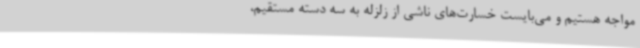
مواجه هستیم و می‌بایست خسارت‌های ناشی از زلزله به سه دسته مستقیم،